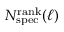
N _ { \mathrm { s p e c } } ^ { \mathrm { r a n k } } ( \ell )